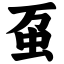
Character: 虿